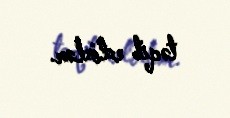
təqib edirlər.